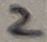
Text: 2